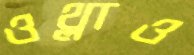
ওথ্‌লাও